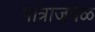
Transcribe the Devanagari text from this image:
पात्राजवळ